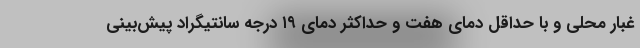
غبار محلی و با حداقل دمای هفت و حداکثر دمای ۱۹ درجه سانتیگراد پیش‌بینی